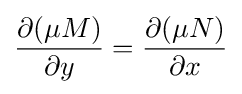
{\frac {\partial (\mu M)}{\partial y}}={\frac {\partial (\mu N)}{\partial x}}